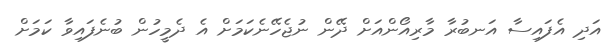
އަދި އެފައިސާ އަނބުރާ މާރިއޯންއަށް ދޭން ނުޖެހޭނެކަމަށް އެ ދެމީހުން ބުނެފައިވާ ކަމަށް